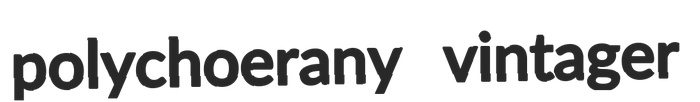
polychoerany vintager